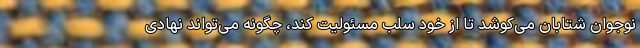
نوجوان شتابان می‌کوشد تا از خود سلب مسئولیت کند، چگونه می‌تواند نهادی